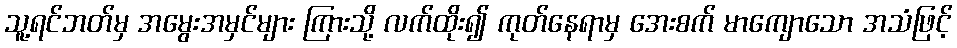
သူ့ရင်ဘတ်မှ အမွေးအမှင်များ ကြားသို့ လက်ထိုး၍ ကုတ်နေရာမှ အေးစက် မာကျောသော အသံဖြင့်